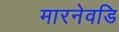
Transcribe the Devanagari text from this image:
मारनेवडि